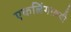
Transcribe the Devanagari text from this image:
एकलिंगाश्रयी